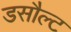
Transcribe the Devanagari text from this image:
डसौल्ट